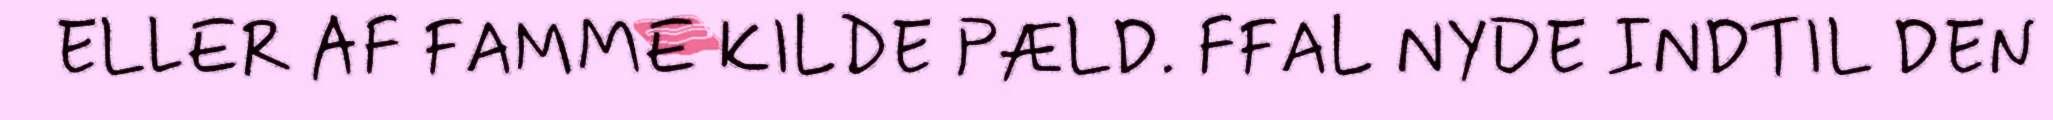
ELLER AF FAMME KILDE PÆLD. FFAL NYDE INDTIL DEN